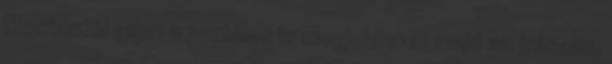
Mostantól ezen a portálon is megjelennek majd az írásaim,